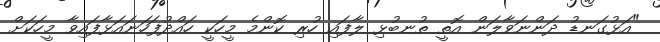
"އަޅުގަނޑު ދަންނަވާލަން އޮތީ ތުނބުޅި ލާފައި ހުރި ކޮންމެ މީހަކީ ހައްދުފަހަނައަޅާފައިވާ މީހަކަށް